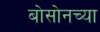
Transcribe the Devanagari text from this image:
बोसोनच्या